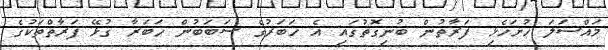
މައްސަލަ ހުށަހެޅި ފަރާތުން ބުނިގޮތުގައި އެ ޚަބަރުގެ ސަބަބުން ޚަބަރާ ގުޅޭ ފަރާތްތަކުގެ